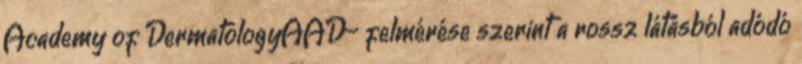
Academy of DermatologyAAD− felmérése szerint a rossz látásból adódó